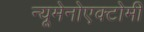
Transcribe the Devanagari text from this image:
न्यूमेनोएक्टोमी